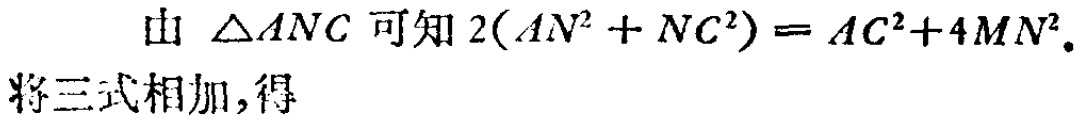
由 $\triangle ANC$ 可知 $2(AN^{2} + NC^{2}) = AC^{2}+4MN^{2}$.
将三式相加,得